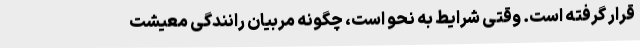
قرار گرفته است. وقتی شرایط به نحو است، چگونه مربیان رانندگی معیشت